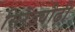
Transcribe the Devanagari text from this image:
सिरेड्यौढ़ी